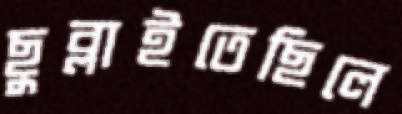
ছুব্‌লাইতেছিলে